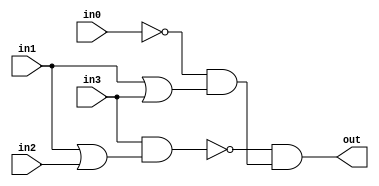
module task01a(
	output out,
	input in0,
	input in1,
	input in2,
	input in3
);

	// TODO
    wire or1;
    wire nand1;
    wire or2;
    wire not1;
    wire and1;
    or OR1(or1, in1, in2);
    nand NAND1(nand1, in3, or1);
    or OR2(or2, in1, in3);
    not NOT1(not1, in0);
    and AND1(and1, not1, or2);
    and AND2(out, nand1, and1);

endmodule